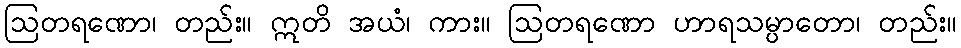
ဩတရဏော၊ တည်း။ ဣတိ အယံ၊ ကား။ ဩတရဏော ဟာရသမ္ပာတော၊ တည်း။